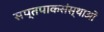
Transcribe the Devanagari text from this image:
सप्तपाकसंस्थाओं